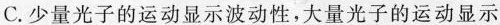
C.少量光子的运动显示波动性，大量光子的运动显示